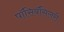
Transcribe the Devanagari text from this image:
पॉसिबॅसिलरी